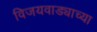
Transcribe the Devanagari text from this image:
विजयवाड्याच्या